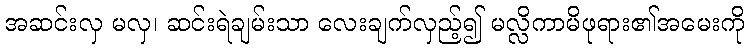
အဆင်းလှ မလှ၊ ဆင်းရဲချမ်းသာ လေးချက်လှည့်၍ မလ္လိကာမိဖုရား၏အမေးကို